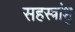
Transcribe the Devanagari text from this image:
सहस्त्रांशु